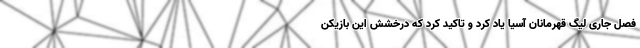
فصل جاری لیگ قهرمانان آسیا یاد کرد و تاکید کرد که درخشش این بازیکن